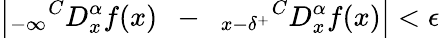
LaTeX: \left|_{-\infty}{}^{C}D_{x}^{\alpha}f(x)~~-~~{}_{x-\delta^{+}}{}^{C}D_{x}^{\alpha}f(x)\right|<\epsilon